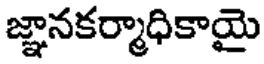
జ్ఞానకర్మాధికాయై